system: You are a helpful assistant.
user:
Analyze the provided spectrum to determine if it is a **Carbon Star (C-type)**.

- **Key Visual Indicators of Carbon Star:**
    - **(Primary):** Strong molecular absorption from **C₂ (diatomic carbon) "Swan Bands."** This is the **defining feature** of a carbon star.
        - **(Key Bandheads):** Sharp absorption edges are visible at approximately $5635$ Å, $5165$ Å (the strongest band), and $4737$ Å.
        - **(Line Profile):** Creates a distinct **"saw-tooth"** pattern. The key morphology is a sharp, steep bandhead on the **red (long-wavelength) side**, which then gradually tapers off (i.e., flux recovers) towards the **blue (short-wavelength) side**. *(This is the direct opposite of the TiO bands seen in M-type stars)*.

    - **(Secondary):** Intense **CN (cyanogen)** molecular absorption bands.
        - **(Key Bandheads):** Located in the blue and violet regions of the spectrum (e.g., near $4215$ Å and $3883$ Å).
        - **(Morphology):** These bands are extremely broad and act as a "blanket," absorbing the vast majority of blue and violet light. This creates a characteristic **"cliff"** or **"steep drop-off"** in the spectrum's flux at short wavelengths.

    - **(Key Confirmation):** Strong **CH absorption band (G-band)**.
        - **(Key Bandhead):** Located around $4300$ Å. The contribution from CH molecules to this band is exceptionally strong.

    - **(Overall Spectrum):**
        - The continuum is severely "chopped up" by these deep molecular bands, especially C₂, rather than appearing as a smooth curve.
        - Due to the heavy CN and C₂ absorption in the blue-green, the vast majority of the star's flux is concentrated in the red part of the spectrum, giving the star its characteristic deep red color.

Think first, call **spectral_visualization_tool** if needed to examine features in detail, then provide your final answer. Your response must adhere to the following strict rules:
1.  **Overall Structure:** Your response must follow the format `<think>...</think> <tool_call>...</tool_call> (if a tool is used) <answer>...</answer>`.
2.  **Tool Usage Constraint:** You may only make **one** tool call per turn.
3.  **Final Answer Format:** In the `<answer>` tag, your conclusion must be inside a `\boxed{}` command (e.g., `\boxed{YES}`), followed by your justification.

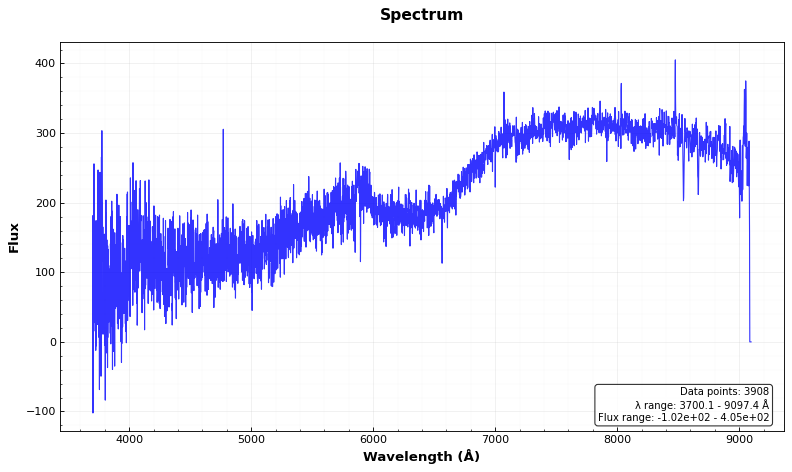
Answer: NO